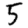
Digit: 5